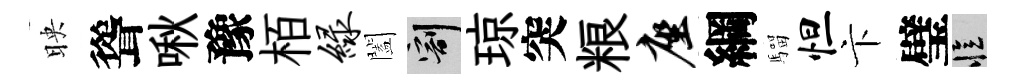
映聳啾豫栢绿闔割琼突粮座綱騮怛卞璧忆